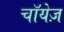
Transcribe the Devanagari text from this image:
चॉयेज़